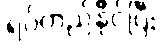
ရပ်တည်နိုင်ပြီး